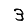
Digit: 3